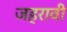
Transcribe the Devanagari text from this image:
जहरावी